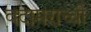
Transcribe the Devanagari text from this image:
वदामराच्ची